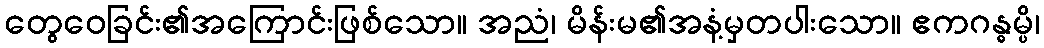
တွေဝေခြင်း၏အကြောင်းဖြစ်သော။ အညံ၊ မိန်းမ၏အနံ့မှတပါးသော။ ဧကဂန္ဓမ္ပိ၊